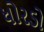
ધોરડો